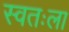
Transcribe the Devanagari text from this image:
स्‍वतःला